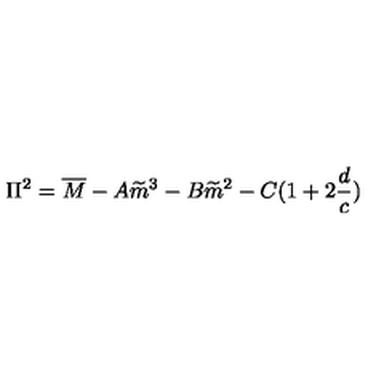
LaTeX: \Pi ^ { 2 } = \overline { { M } } - A \widetilde { m } ^ { 3 } - B \widetilde { m } ^ { 2 } - C ( 1 + 2 \frac { d } { c } )